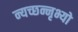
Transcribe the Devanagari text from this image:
न्यच्छन्नृभ्यो